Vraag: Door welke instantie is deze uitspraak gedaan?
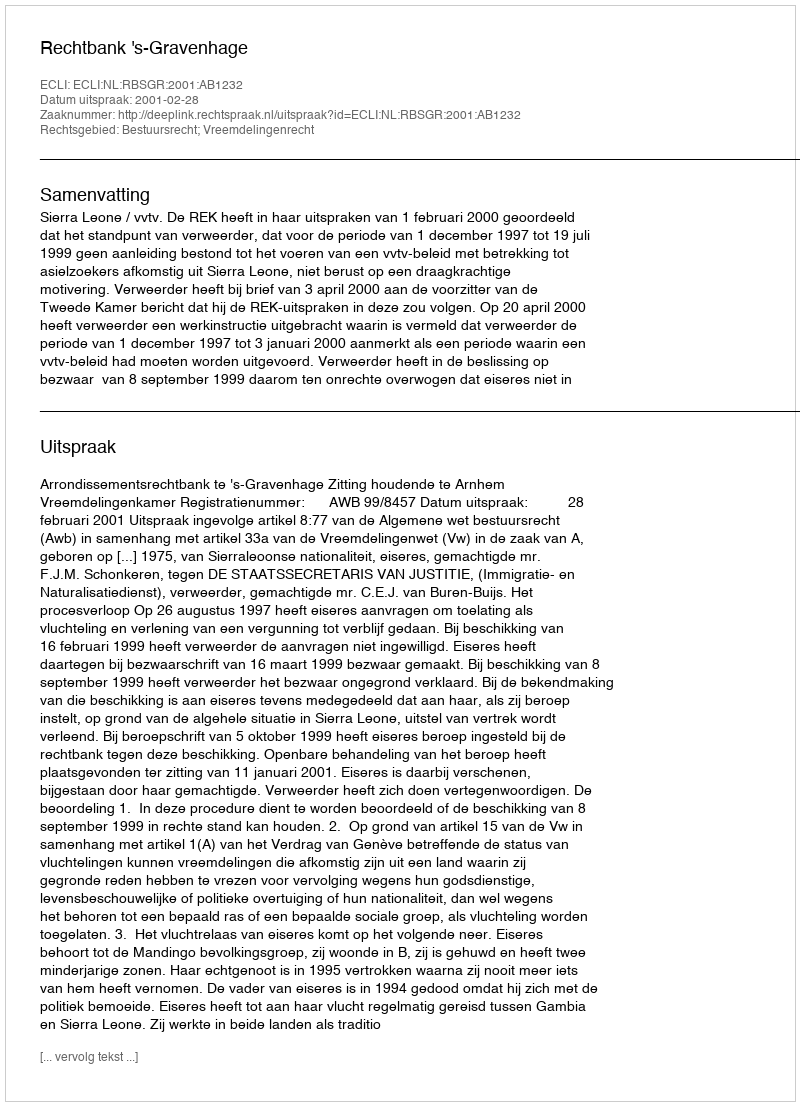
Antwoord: Rechtbank 's-Gravenhage